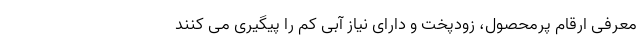
معرفی ارقام پرمحصول، زودپخت و دارای نیاز آبی کم را پیگیری می کنند